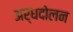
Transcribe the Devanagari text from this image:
अर्धदोलन